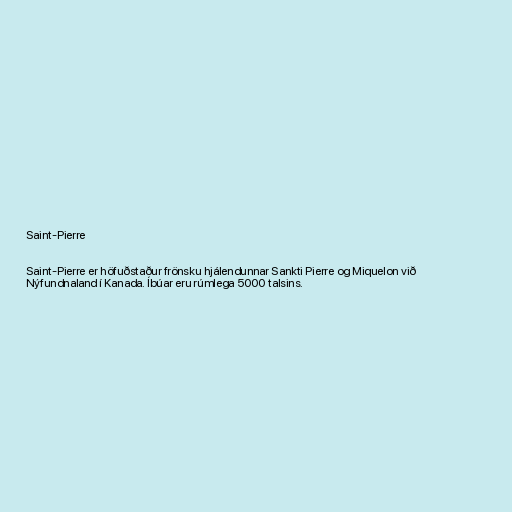
Saint-Pierre

Saint-Pierre er höfuðstaður frönsku hjálendunnar Sankti Pierre og Miquelon við
Nýfundnaland í Kanada. Íbúar eru rúmlega 5000 talsins.